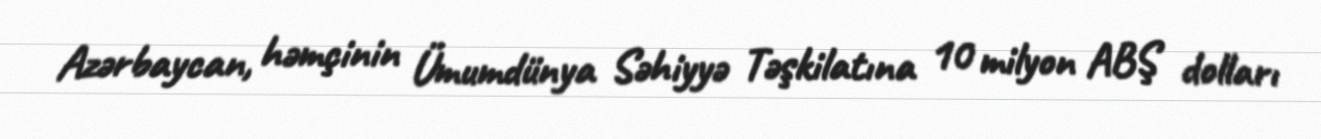
Azərbaycan, həmçinin Ümumdünya Səhiyyə Təşkilatına 10 milyon ABŞ dolları